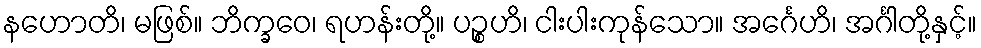
နဟောတိ၊ မဖြစ်။ ဘိက္ခဝေ၊ ရဟန်းတို့။ ပဉ္စဟိ၊ ငါးပါးကုန်သော။ အင်္ဂေဟိ၊ အင်္ဂါတို့နှင့်။